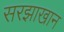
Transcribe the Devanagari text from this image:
सरझाखान